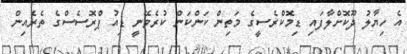
އެ ހިޔާލު ދޫކޮށްލާފައި ޑިމޮކްރެސީގެ މަތިން ކަންކަން ކުރެވޭނީ ޑިއު ޕްރޮސެސްގެ ތެރެއިން